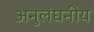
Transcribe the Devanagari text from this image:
अनुलंघनीय